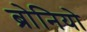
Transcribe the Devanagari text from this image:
ब्रोनियो